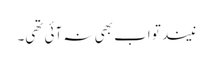
نیند تو اب بھی نہ آئی تھی۔